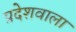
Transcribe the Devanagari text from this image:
प्रदेशवाला